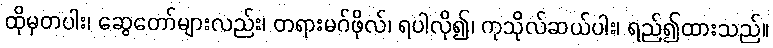
ထိုမှတပါး၊ ဆွေတော်များလည်း၊ တရားမဂ်ဖိုလ်၊ ရပါလို၍၊ ကုသိုလ်ဆယ်ပါး၊ ရည်၍ထားသည်။